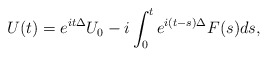
\begin{align*}U(t)= e^{it\Delta}U_{0}-i\int_{0}^{t}e^{i(t-s)\Delta}F(s)ds,\end{align*}